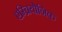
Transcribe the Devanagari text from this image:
एम्ब्रियोनिक